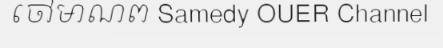
ចៅមាណព Samedy OUER Channel